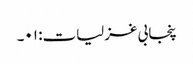
پنجابی غزلیات: ۰۱۔